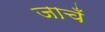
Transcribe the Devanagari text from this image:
जाचँ